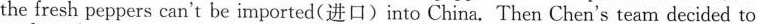
the fresh peppers can't be imported(进口)into China. Then Chen's team decided to